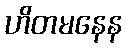
ဟိတမနေန